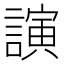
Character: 𮘵